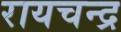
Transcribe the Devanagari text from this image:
रायचन्द्र